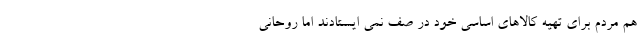
هم مردم برای تهیه کالاهای اساسی خود در صف نمی ایستادند اما روحانی